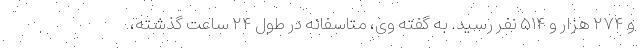
و ۲۷۴ هزار و ۵۱۴ نفر رسید. به گفته وی، متاسفانه در طول ۲۴ ساعت گذشته،